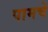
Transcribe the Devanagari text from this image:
पामचे